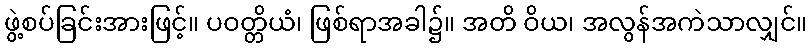
ဖွဲ့စပ်ခြင်းအားဖြင့်။ ပဝတ္တိယံ၊ ဖြစ်ရာအခါ၌။ အတိ ဝိယ၊ အလွန်အကဲသာလျှင်။